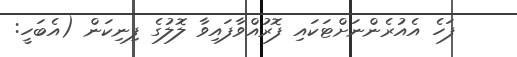
ފަހެ އެއުރެންނަށްޓަކައި ފޮރުއްވާފައިވާ ލޮލުގެ ފިނިކަން (އެބަހީ: